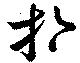
於